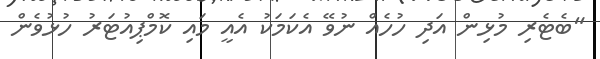
"ބެޓެރި މުޅިން އަދި ހުހެއް ނުވޭ އެކަމަކު އެއީ މައި ކޮމްޕިއުޓަރު ހުޅުވެން